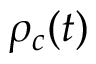
\rho _ { c } ( t )